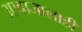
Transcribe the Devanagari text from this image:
आवाजालाही